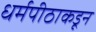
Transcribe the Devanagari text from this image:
धर्मपीठाकडून